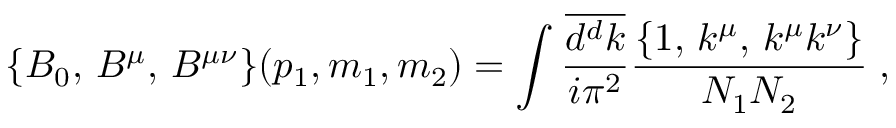
\{ B _ { 0 } , \, B ^ { \mu } , \, B ^ { \mu \nu } \} ( p _ { 1 } , m _ { 1 } , m _ { 2 } ) = \int \frac { \overline { { { d ^ { d } k } } } } { i \pi ^ { 2 } } \frac { \{ 1 , \, k ^ { \mu } , \, k ^ { \mu } k ^ { \nu } \} } { N _ { 1 } N _ { 2 } } \; ,